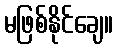
မဖြစ်နိုင်ချေ။